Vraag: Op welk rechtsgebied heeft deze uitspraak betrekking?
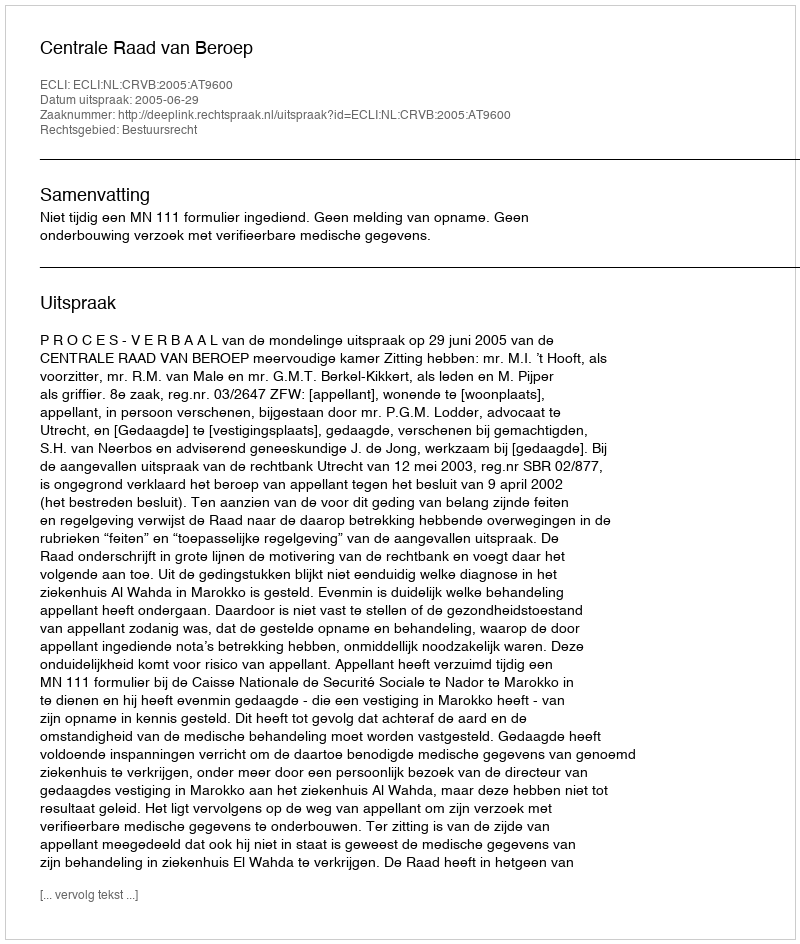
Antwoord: Bestuursrecht